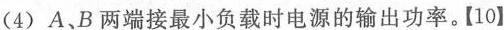
(4)A、B两端接最小负载时电源的输出功率。【10】